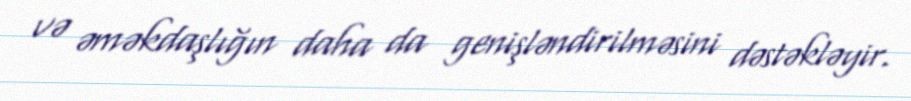
və əməkdaşlığın daha da genişləndirilməsini dəstəkləyir.